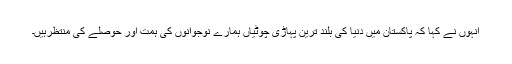
انہوں نے کہا کہ پاکستان میں دنیا کی بلند ترین پہاڑی چوٹیاں ہمارے نوجوانوں کی ہمت اور حوصلے کی منتظرہیں۔